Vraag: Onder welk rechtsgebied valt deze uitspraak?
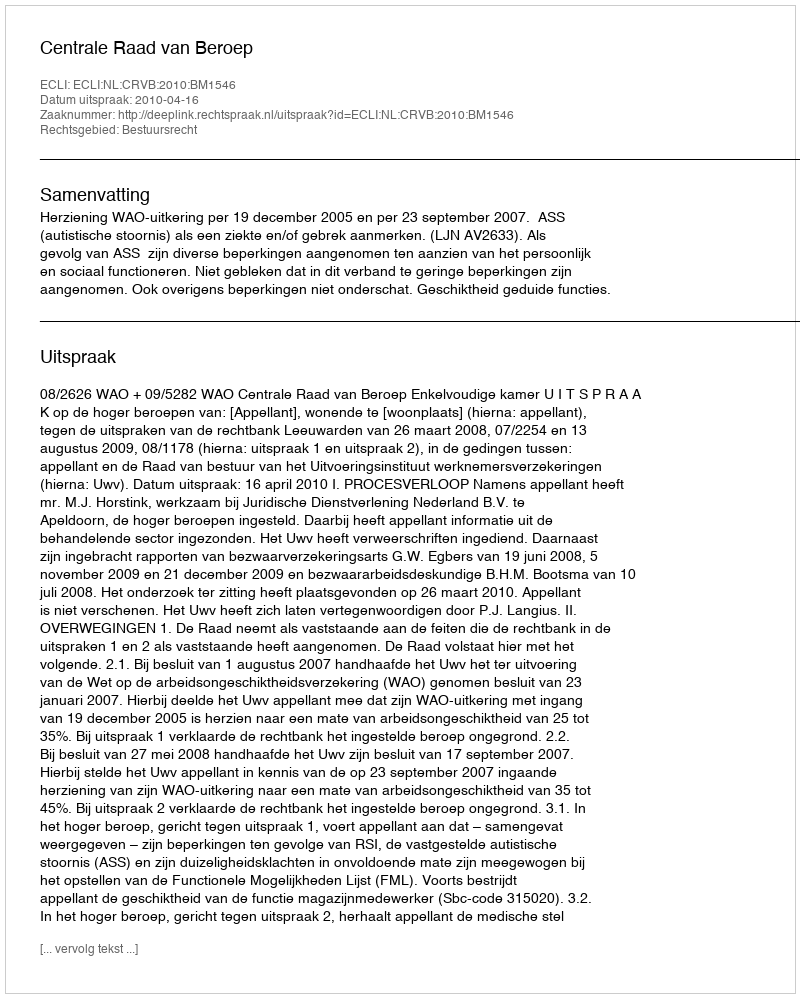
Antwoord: Bestuursrecht